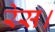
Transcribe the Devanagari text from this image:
रेस।